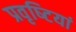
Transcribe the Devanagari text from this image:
प्रवृष्‍टियां